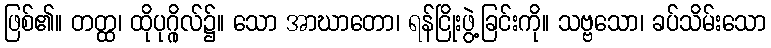
ဖြစ်၏။ တတ္ထ၊ ထိုပုဂ္ဂိုလ်၌။ သော အာဃာတော၊ ရန်ငြိုးဖွဲ့ခြင်းကို။ သဗ္ဗသော၊ ခပ်သိမ်းသော